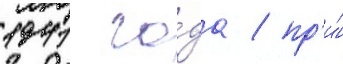
1941 го́да / пр'и́